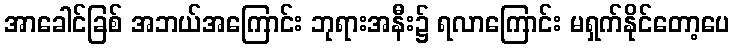
အာခေါင်ခြစ် အဘယ်အကြောင်း ဘုရားအနီး၌ ရလာကြောင်း မရှက်နိုင်တော့ပေ